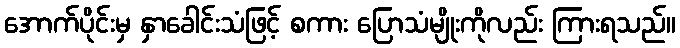
အောက်ပိုင်းမှ နှာခေါင်းသံဖြင့် စကား ပြောသံမျိုးကိုလည်း ကြားရသည်။